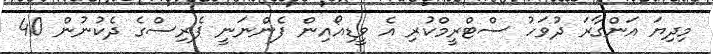
މިދިޔަ އަންގާރަ ދުވަހު ސްޓްރީމްކުރި އެ ވީޑިއޯއިން ފެންނަނީ ޕެރިސްގެ ދެކުނުން 40